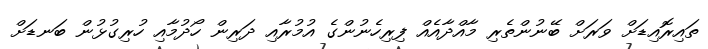
ތައިރޮއިޑަށް ވަރަށް ބޭނުންތެރި މާއްދާއެއް ފިރިހެނުންގެ އުމުރާއި ދަރިން ހޯދުމާއި ހުރިގުޅުން ބަނޑަށް